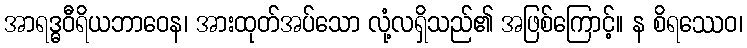
အာရဒ္ဓဝီရိယဘာဝေန၊ အားထုတ်အပ်သော လုံ့လရှိသည်၏ အဖြစ်ကြောင့်။ န စိရဿေဝ၊